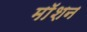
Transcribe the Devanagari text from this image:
माॅशन